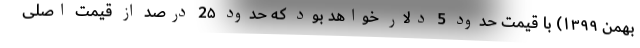
بهمن ۱۳۹۹) با قیمت حدود 5 دلار خواهد بود که حدود 2۵ درصد از قیمت اصلی